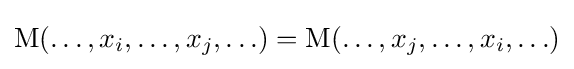
\operatorname {M} (\ldots ,x_{i},\ldots ,x_{j},\ldots )=\operatorname {M} (\ldots ,x_{j},\ldots ,x_{i},\ldots )